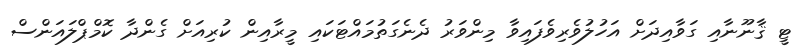
ޓީ ޤާނޫނާއި ގަވާއިދަށް އަހުލުވެރިވެފައިވާ މިންވަރު ދެނެގަތުމައްޓަކައި މީރާއިން ކުރިއަށް ގެންދާ ކޮމްޕްލައަންސް